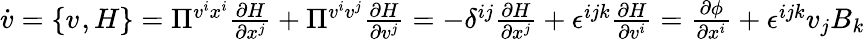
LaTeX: \begin{array}{r}{\dot{v}=\{ v^{},H\} =\Pi^{v^{i}x^{i}}\frac{\partial H}{\partial x^{j}}+\Pi^{v^{i}v^{j}}\frac{\partial H}{\partial v^{j}}=-\delta^{ij}\frac{\partial H}{\partial x^{j}}+\epsilon^{ijk}\frac{\partial H}{\partial v^{i}}=\frac{\partial\phi}{\partial x^{i}}+\epsilon^{ijk}v_{j}B_{k}}\end{array}